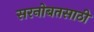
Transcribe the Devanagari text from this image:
सरनोबतसाठी